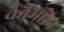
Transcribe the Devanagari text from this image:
कौमरिन